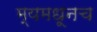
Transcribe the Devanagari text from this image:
म्यमधूनच